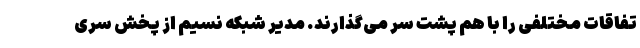
تفاقات مختلفی را با هم پشت سر می‌گذارند. مدیر شبکه نسیم از پخش سری